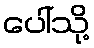
ပေါ်သို့